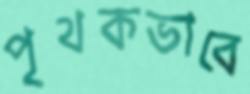
পৃথকভাবে